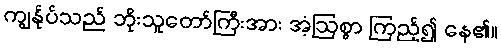
ကျွန်ုပ်သည် ဘိုးသူတော်ကြီးအား အံ့ဩစွာ ကြည့်၍ နေ၏။